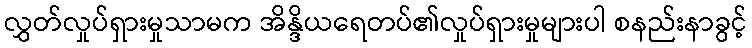
လွှတ်လှုပ်ရှားမှုသာမက အိန္ဒိယရေတပ်၏လှုပ်ရှားမှုများပါ စနည်းနာခွင့်